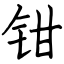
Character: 钳